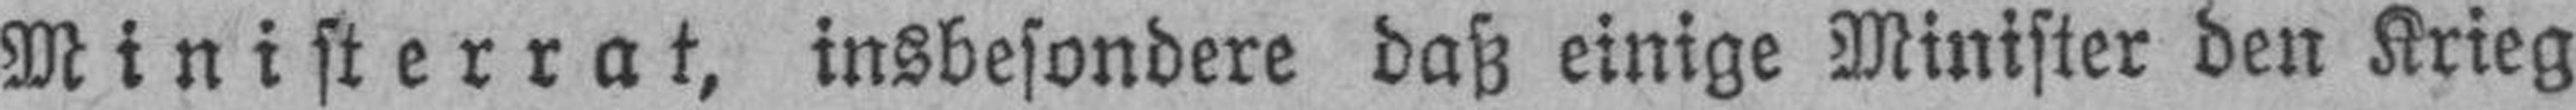
Ministerrat, insbesondere daß einige Minister den Krieg